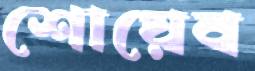
শোয়েব